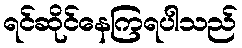
ရင်ဆိုင်နေကြရပါသည်